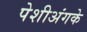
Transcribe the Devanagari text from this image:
पेशीअंगके